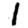
Digit: 1